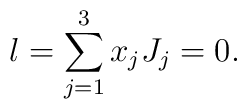
l= \sum^{3}_{j=1} x_{j} J_{j} =0.